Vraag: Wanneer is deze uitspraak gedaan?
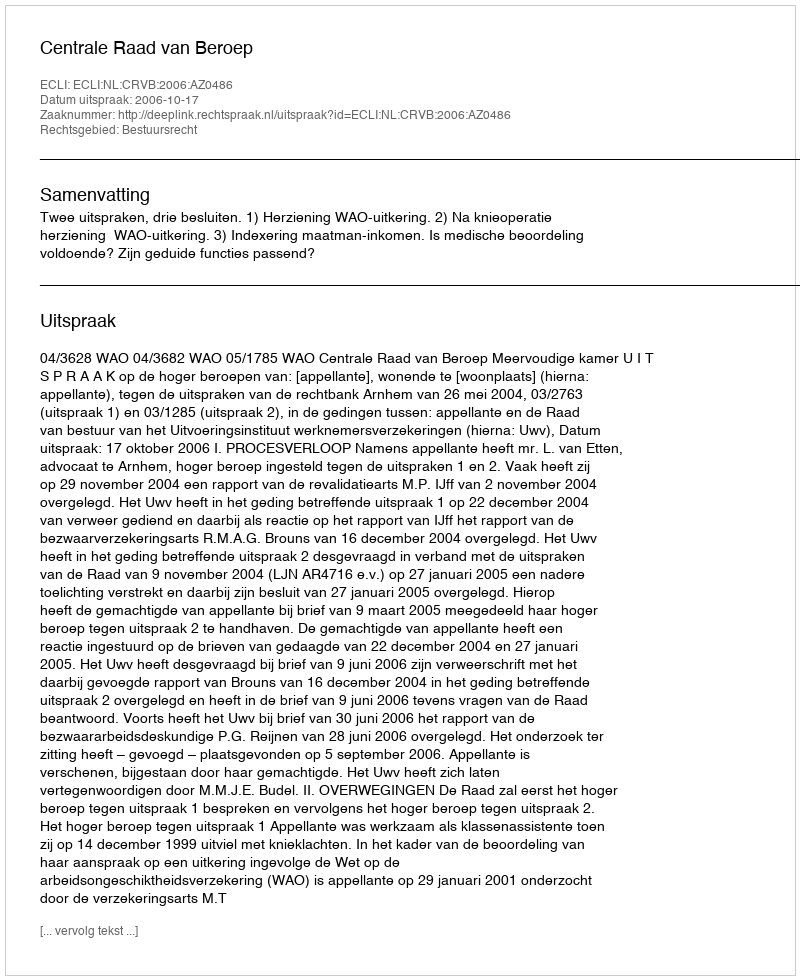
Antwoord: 2006-10-17